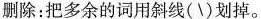
删除：把多余的词用斜线(\)划掉。